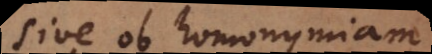
sive ob homonymiam